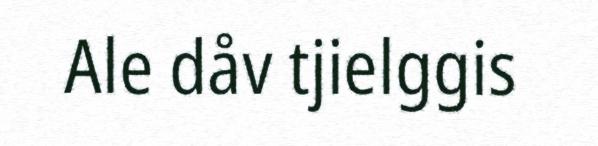
Ale dåv tjielggis